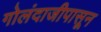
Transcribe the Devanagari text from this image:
गोलंदाजीपासून